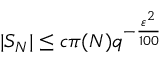
| S _ { N } | \leq c \pi ( N ) q ^ { - { \frac { \varepsilon ^ { 2 } } { 1 0 0 } } }